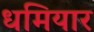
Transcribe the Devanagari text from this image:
धमियार